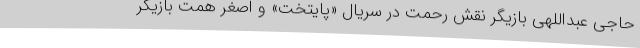
حاجی عبداللهی بازیگر نقش رحمت در سریال «پایتخت» و اصغر همت بازیگر